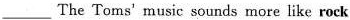
___ The Toms' music sounds more like rock